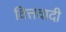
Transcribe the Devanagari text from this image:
वित्तवादी